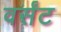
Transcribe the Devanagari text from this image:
वर्संट